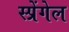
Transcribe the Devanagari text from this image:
स्प्रेंगेल